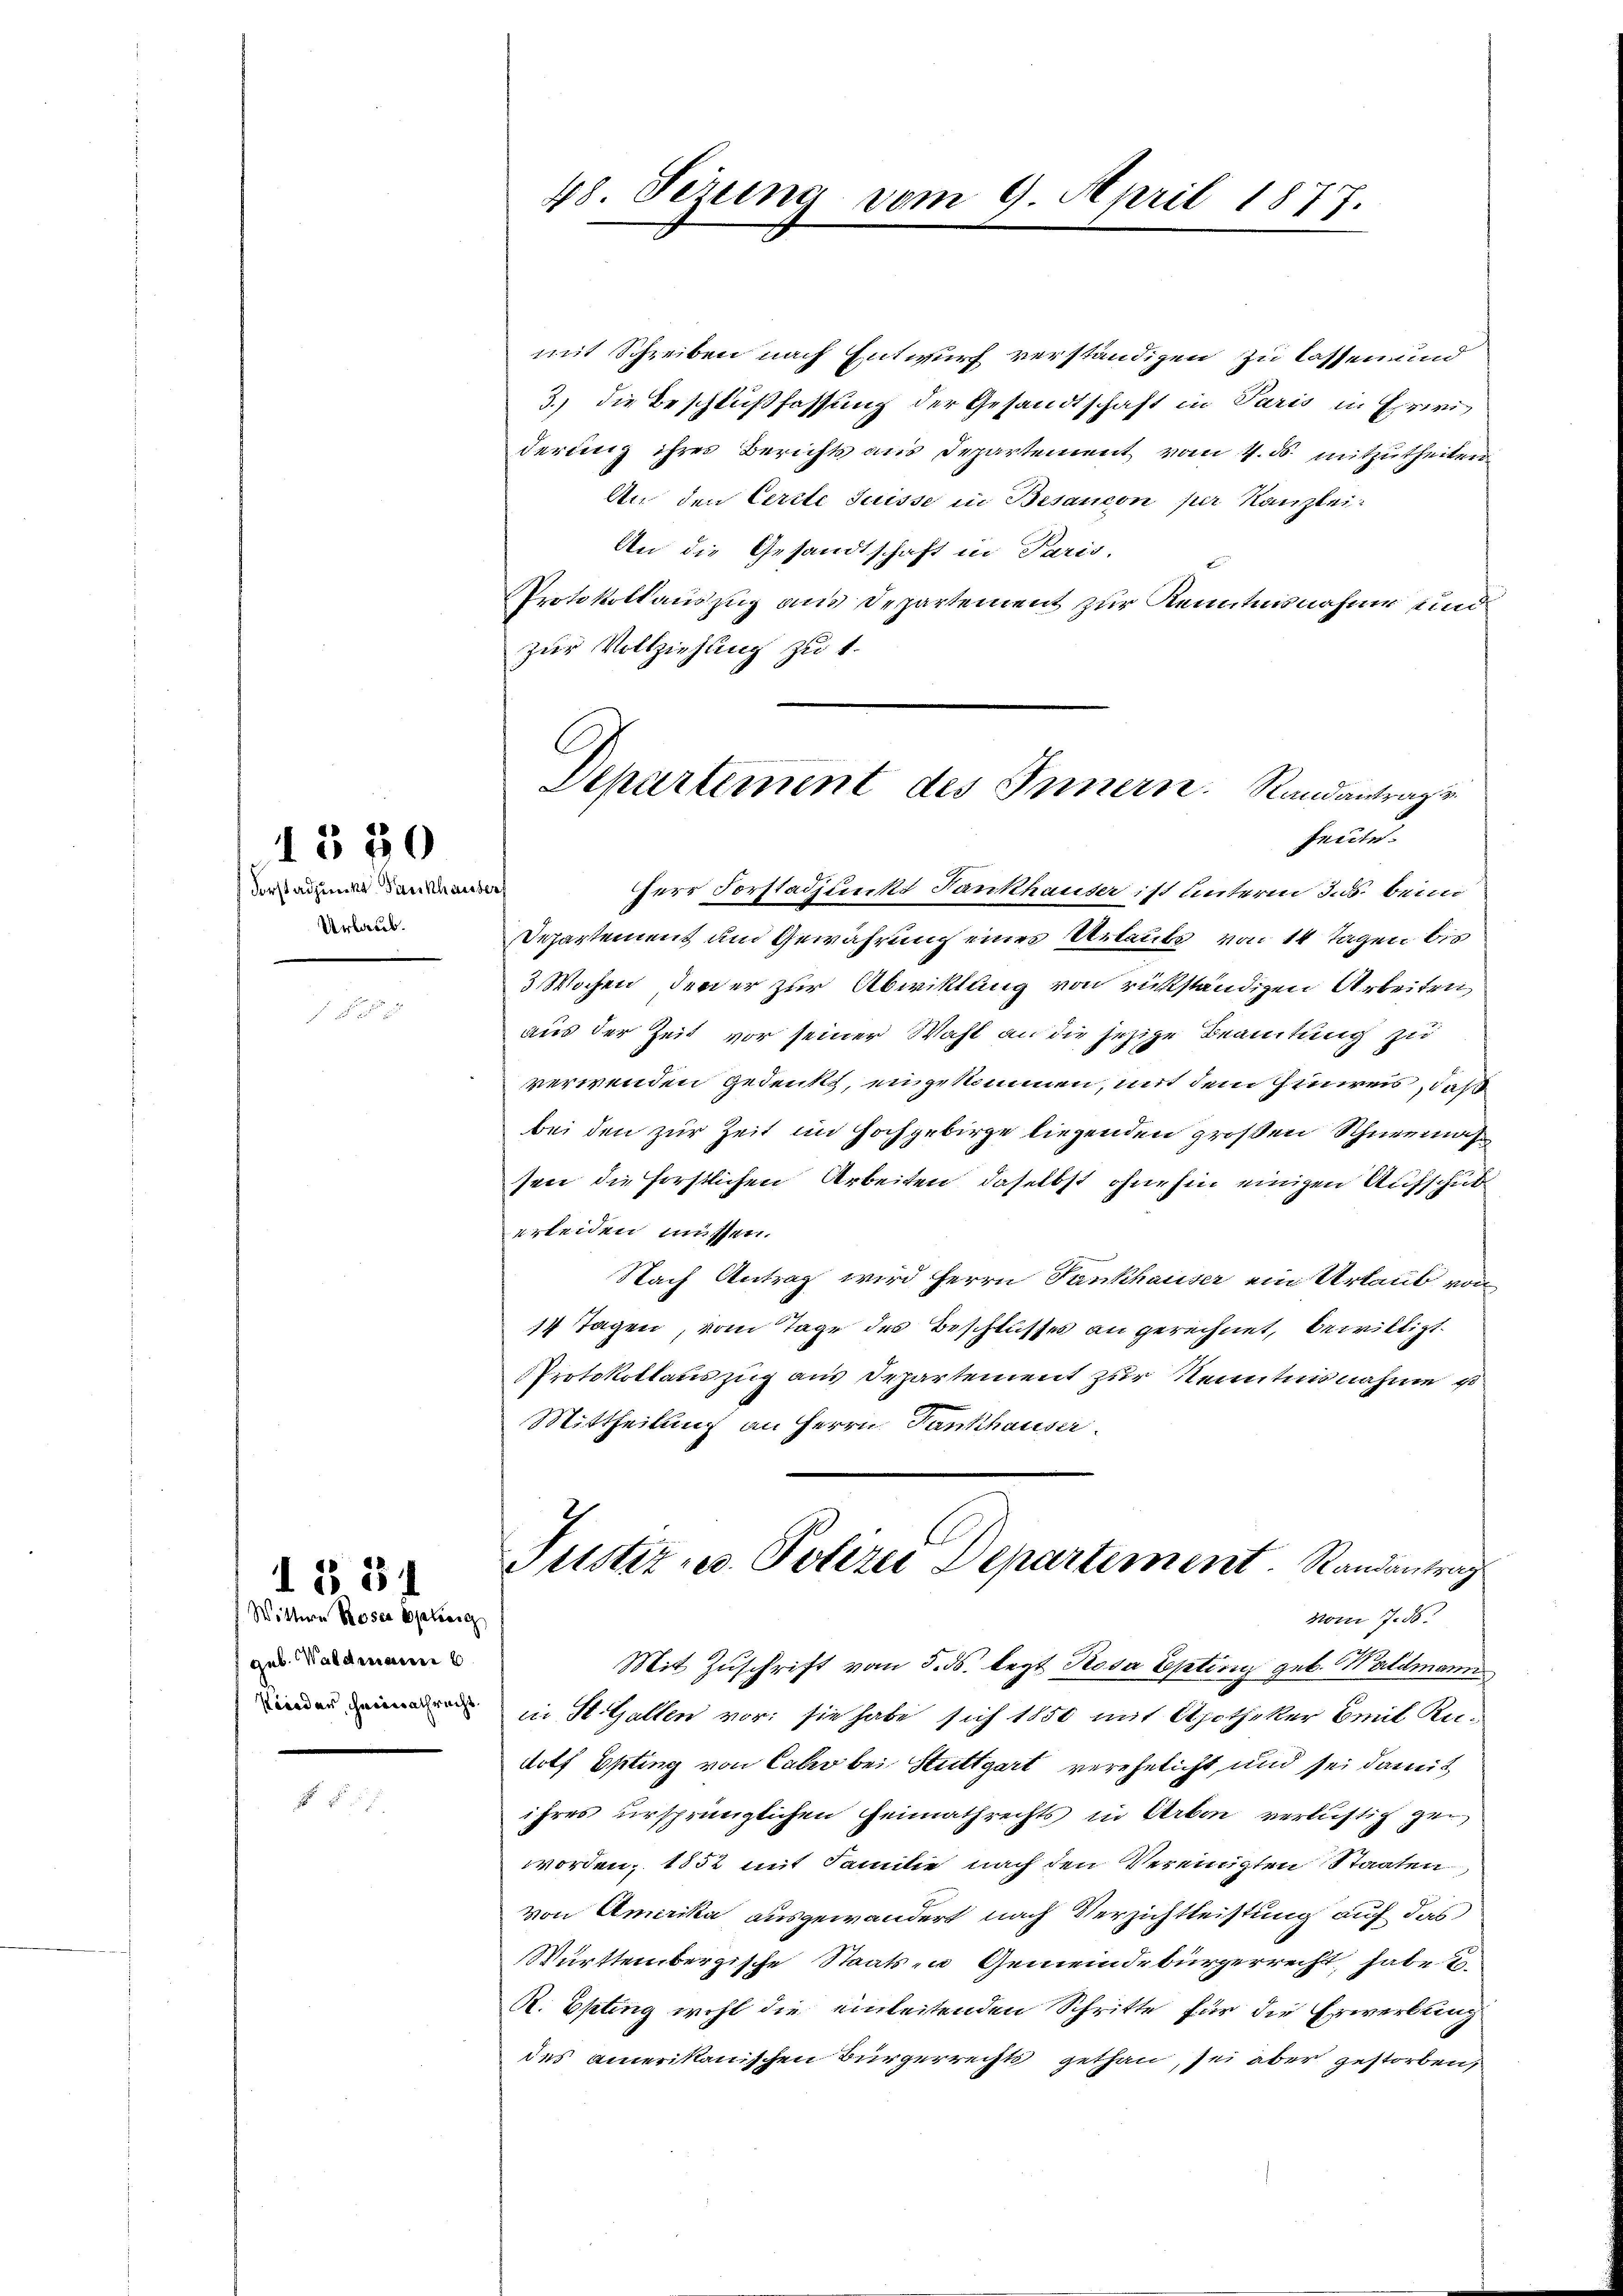
Forstadjunkt Fankhauser
Urlaub.

1550

Wittwe Roser Eplieig
geb. Waldmann b
Picadas, charinachracht

I § 31

48. Sezung vom 9. April 1877.

mit Schreiben nach Entwurf verständigen zu lassen und
3.) die Beschlußfassung der Gesandtschaft in Paris in Erwi
derung ihres Berichts aus Departement vom 4. ds. mitzutheilen
An den Cerste Suisse in Besancon per Kanzlei
An die Gesandtschaft in Paris,
Protokollauszug aus Departement zur Kenntnisnahme und
zur Vollziehung zu 1.
Herr Forstadjunkt Fankhauser ist unterm 3. ds. beim
Departement und Gewährung eines Urlaube von 14 Tagen bis
3 Wochen, dener zur Abwicklung von rükständigen Arbeiten,
aus der Zeit vor seiner Wahl an die jezige Beamtung zu
verwenden gedenkt, eingekommen, mit dem Hinweis, daß
bei den zur Zeit im Hochgebirge liegenden großen Schneemah
sen die Forstlichen Arbeiten, daselbst ohnehin einigen Aufschub
erleiden müssen.
Nach Antrag wird Herrn Fankhauser ein Urlaub von
17 Tagen, vom Tage des Beschlusses an gerechnet, bewilligt.
Protokollauszug aus Departement zur Kenntnisnahme u
Mittheilung an Herrn Fankhauser
Justiz u. Polerer Departement. Randantrag
vom 7. ds.
Mit Zŭschrift vom 5. ds. legt Rosa Epting geb. Waldmann
in St. Gallen vor: sie habe sich 1850 mit Apotheker Emil Rudolf Epting von Caber bei Stuttgart verehelicht und sei damit
ihres ursprünglichen Heimathrechts in Arbon verlustig zur
worden, 1852 mit Familie nach den Vereinigten Staaten,
von Amerika ausgewandert nach Verzichtleistung auf das
Württembergische Staats in Gemeindebürgerrecht, habe u
R. Epting wohl die einleitenden Schritte für die Erwerbung
des amerikanischen Bürgerrechts gethan, sei aber gestorben,

.
Departement des Innern. Randantrage
heute.